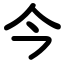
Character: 今